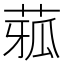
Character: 𦴉